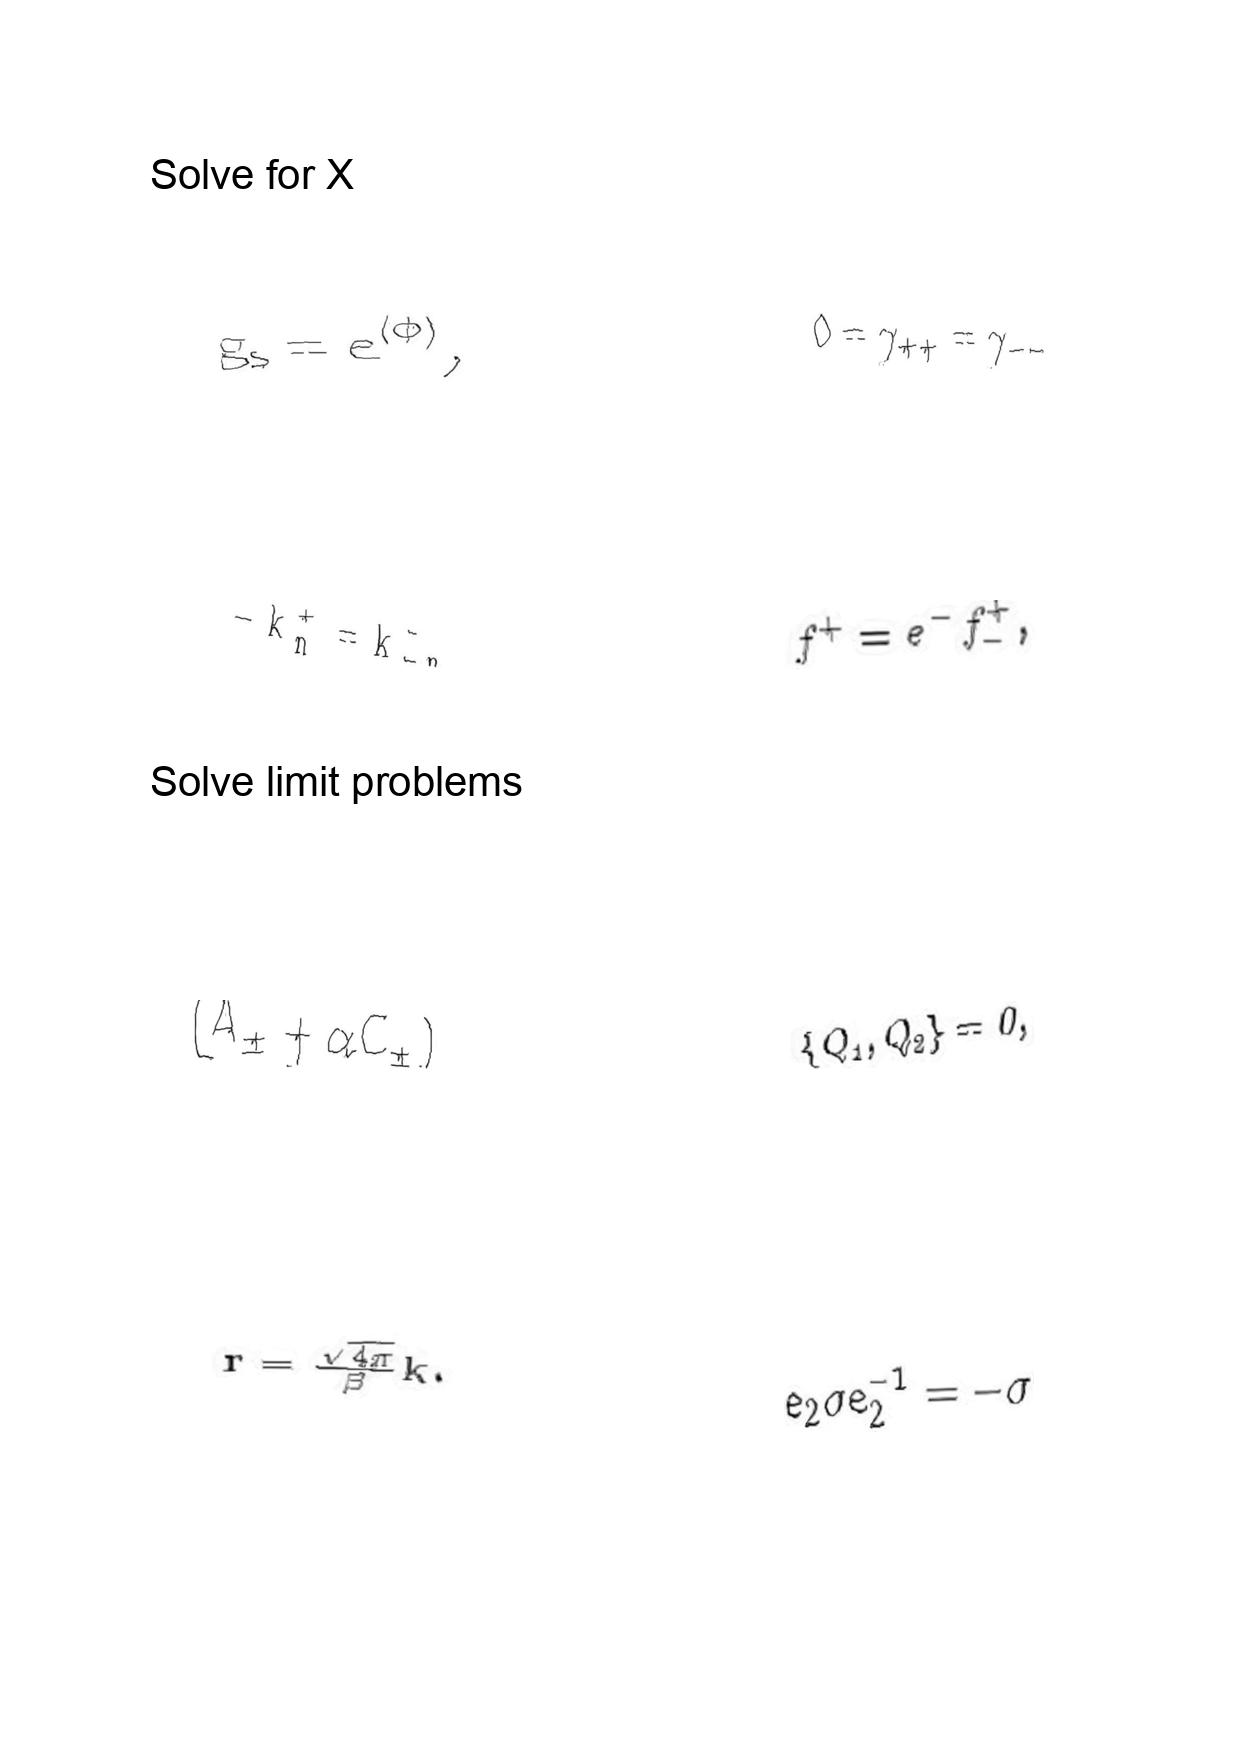
LaTeX transcription:
g _ { s } = e ^ { \langle \Phi \rangle } ,
- k _ { n } ^ { + } = k _ { - n } ^ { - }
\lparen A _ { \pm } + \alpha C _ { \pm } \rparen
r = \frac { \sqrt { 4 \pi } } { \beta } k .
0 = \gamma _ { + + } = \gamma _ { - - }
f ^ { + } = e ^ { - } f _ { - } ^ { + } ,
\lbrace Q _ { 1 } , Q _ { 2 } \rbrace = 0 ,
e _ { 2 } \sigma e _ { 2 } ^ { - 1 } = - \sigma